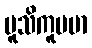
မူသိကူပမာ